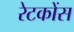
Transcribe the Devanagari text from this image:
रेटकोंस